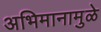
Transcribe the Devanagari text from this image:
अभिमानामुळे